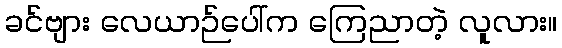
ခင်ဗျား လေယာဉ်ပေါ်က ကြေညာတဲ့ လူလား။